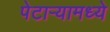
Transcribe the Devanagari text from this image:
पेटाऱ्यामध्ये